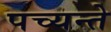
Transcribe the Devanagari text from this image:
पच्यन्ते